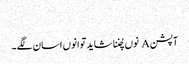
‏
آپشن A نوں چُننا شاید توانوں اسان لگے۔